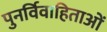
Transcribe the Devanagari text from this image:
पुनर्विवाहिताओं